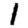
Digit: 1